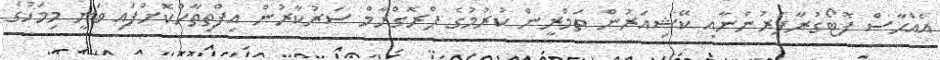
އެއްހާސް ފޮޓޯގުރާފަރުންނާއި ކޭޝިއަރުން ތަމްރީން ކުރުމުގެ ޕްރޮގްރާމް ސަރުކާރުން އިފްތިތާހްކޮށްފައި ވަނީ މިމަހުގެ